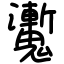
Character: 魙